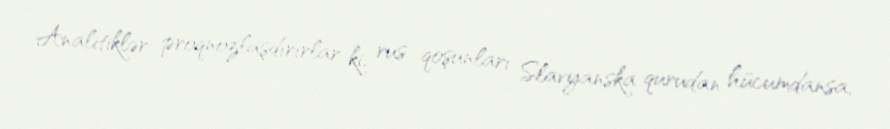
Analitiklər proqnozlaşdırırlar ki, rus qoşunları Slavyanska qurudan hücumdansa,